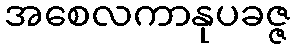
အစေလကာနုပခဇ္ဇ